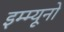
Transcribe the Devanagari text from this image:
इम्म्यूनो